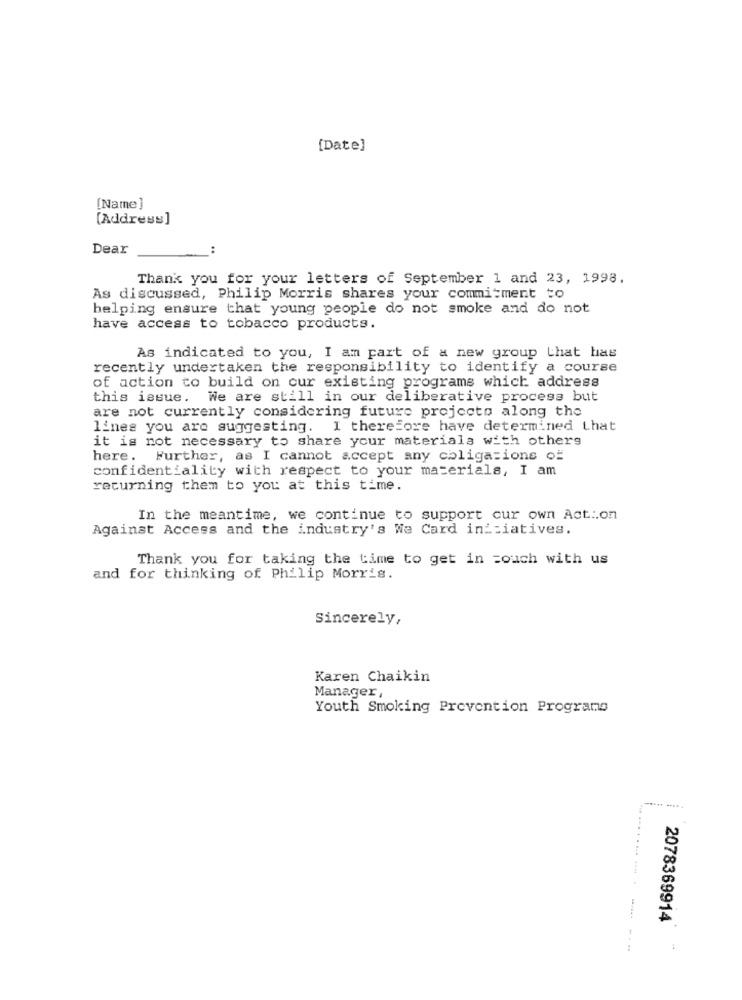
[Date]
[Name ]
[Address]
Dear
:
Thank you for your letters of September 1 and 23, 1998,
As discussed, Philip Morris shares your commitment to
helping ensure that young people do not smoke and do not
have access to tobacco products.
As indicated to you, I am part of a new group that has
recently undertaken the responsibility to identify a course
of action to build on cur existing programs which address
this issue. We are still in our deliberative process but
are not currently considering future projects along the
lines you are suggesting. I therefore have determined that
it is not necessary to share your materials with others
here. Further, as I cannot accept any coligasions of
confidentiality with respect to your materials, I am
returning them to you at this time.
In the meantime, we continue to support our own Act .. on
Against Access and the industry's We Card iniziatives.
Thank you for taking the time to get in touch with us
and for thinking of Philip Morris.
Sincerely,
Karen Chaikin
Manager ,
Youth Smoking Prevention Programs
2078369914